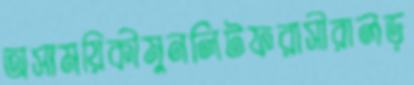
অসাময়িকীমুনলিটফরাসীরালড়